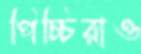
পিচ্চিরাও